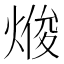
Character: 𭵘